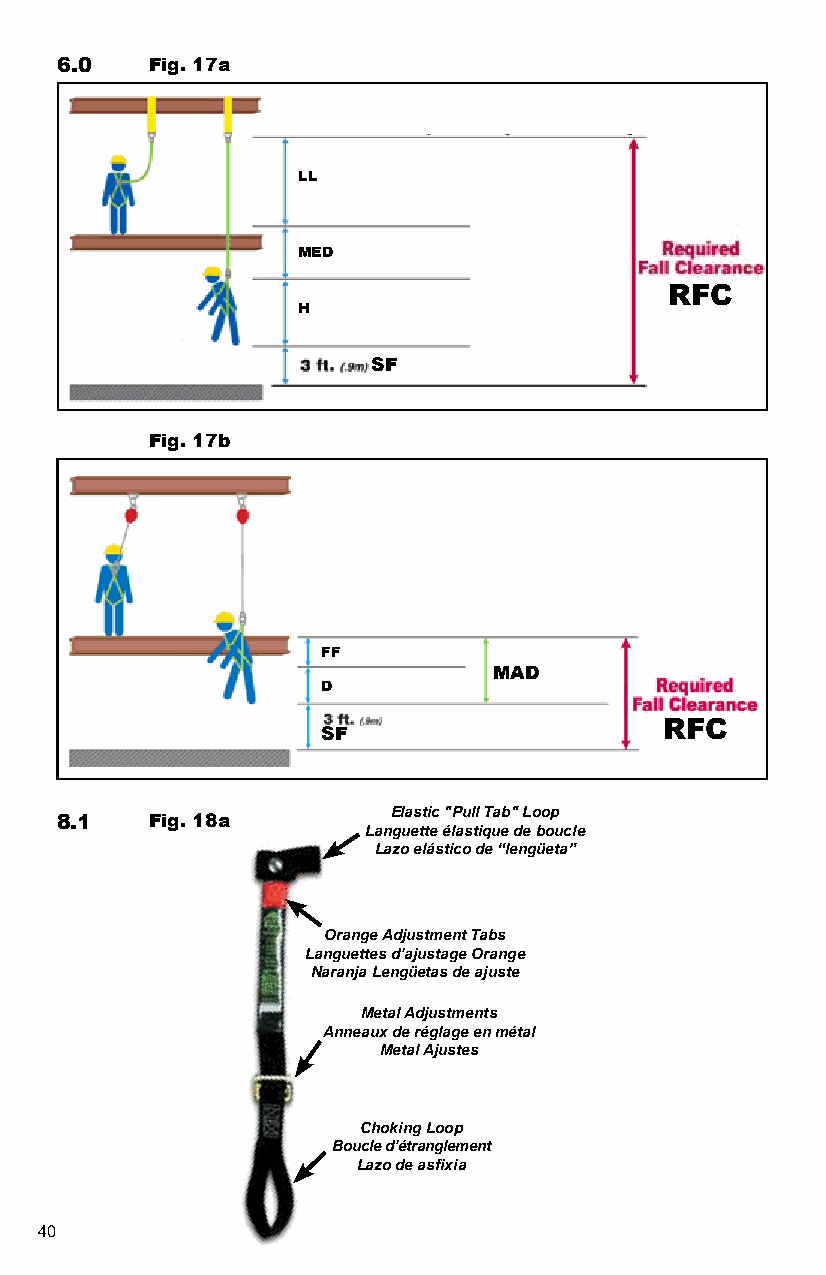
6.0   Fig. 17a
 LL
 MED
 RFC
 H
 5.0                  SF
 Fig. 17b
 AFTER
 FF
 MAD
 D
 RFC
 SF
 Elastic "Pull Tab" Loop
 8.1   Fig. 18a
 Languette élastique de boucle
 Lazo elástico de “lengüeta”
 Orange Adjustment Tabs
 Languettes d’ajustage Orange
 Naranja Lengüetas de ajuste
 Metal Adjustments
 Anneaux de réglage en métal
 Metal Ajustes
 Choking Loop
 Boucle d’étranglement
 Lazo de asfixia
 40